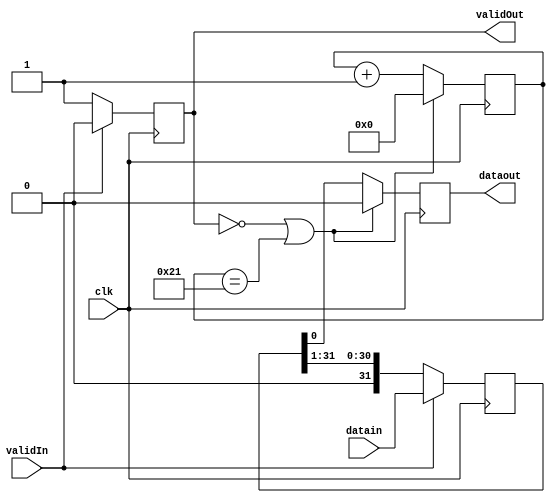
/*************************************************************
Design Name 	: serializer
File Name   	: serializer.v
Function    	: Implementation of 8:1 Serializer
Programer     	: Thomas Chou
Last Modified	: 07-07-2020
*************************************************************/
module serializer(clk, datain, validIn, dataout, validOut);

input clk;
input [31:0] datain;
input validIn;

output reg dataout;
output reg validOut;

reg [31:0] tmp;
reg [5:0] count = 0;


always @(posedge clk)
	begin
		if(validIn == 1'b1)
			begin
				validOut <= 1'b0;
				tmp <= datain;
			end
		else
			begin
				validOut <= 1'b1;
				tmp <= (tmp >> 1);
			end
	end

always @(posedge clk)
	begin
		if(validOut == 1'b0 || count == 6'b100001)
			begin
				dataout <= 1'b0;
				count <= 6'b000000;
			end
		else
			begin
				dataout <= tmp[0];
				count <= count + 1'b1;
			end
	end
	
endmodule